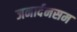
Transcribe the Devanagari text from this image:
जनार्दनसम